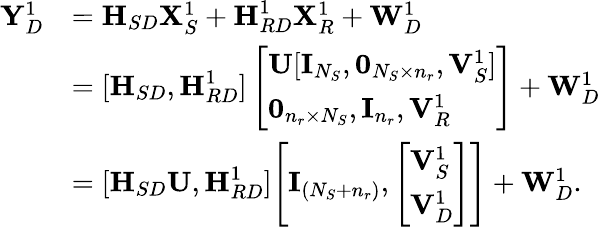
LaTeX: \begin{array}{rl}{{\mathbf Y}_{D}^{1}}&{={\textbf H}_{SD}{\mathbf X}_{S}^{1}+{\textbf H}_{RD}^{1}{\mathbf X}_{R}^{1}+{\mathbf W}_{D}^{1}}\\ &{=[{\textbf H}_{SD},{\textbf H}_{RD}^{1}]\left[\begin{array}{l}{{\mathbf U}[{\mathbf I}_{N_{S}},\mathbf{0}_{N_{S}\times n_{r}},{\mathbf V}_{S}^{1}]}\\ {\mathbf{0}_{n_{r}\times N_{S}},{\mathbf I}_{n_{r}},{\mathbf V}_{R}^{1}}\end{array}\right]+{\mathbf W}_{D}^{1}}\\ &{=[{\textbf H}_{SD}{\mathbf U},{\textbf H}_{RD}^{1}]\Bigg[{\mathbf I}_{(N_{S}+n_{r})},\left[\begin{array}{l}{{\mathbf V}_{S}^{1}}\\ {{\mathbf V}_{D}^{1}}\end{array}\right]\Bigg]+{\mathbf W}_{D}^{1}.}\end{array}